Report of the Hyderabad Chloroform Commission
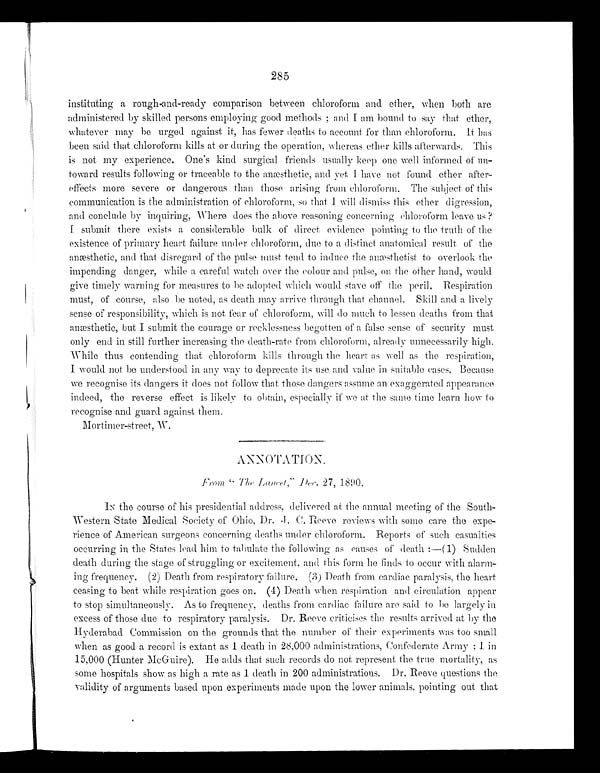
285
instituting a rough-and-ready comparison between chloroform and ether, when both are
administered by skilled persons employing good methods; and I am bound to say that ether,
whatever may be urged against it, has fewer deaths to account for than chloroform. It has
been said that chloroform kills at or during the operation, whereas ether kills afterwards. This
is not my experience. One's kind surgical friends usually keep one well informed of un-
toward results following or traceable to the anæsthetic, and yet I have not found ether after-
effects more severe or dangerous than those arising from chloroform. The subject of this
communication is the administration of chloroform, so that I will dismiss this ether digression,
and conclude by inquiring, Where does the above reasoning concerning chloroform leave us
? I s u b m i t t h e r e e x i s t s a c o n s i d e r a b l e b u l k o f d i r e c t e v i d e n c e p o i n t i n g t o t h e t r u t h o f t h e
existence of primary heart failure under chloroform, due to a distinct anatomical result of the
anæsthetic, and that disregard of the pulse must tend to induce the anæsthetist to overlook the
impending danger, while a careful watch over the colour and pulse, on the other hand, would
give timely warning for measures to be adopted which would stave off the peril. Respiration
must, of course, also be noted, as death may arrive through that channel. Skill and a lively
sense of responsibility, which is not fear of chloroform, will do much to lessen deaths from that
anæsthetic, but I submit the courage or recklessness begotten of a false sense of security must
only end in still further increasing the death-rate from chloroform, already unnecessarily high.
While thus contending that chloroform kills through the heart as well as the respiration,
I would not be understood in any way to deprecate its use and value in suitable cases. Because
we recognise its dangers it does not follow that those dangers assume an exaggerated appearance
indeed, the reverse effect is likely to obtain, especially if we at the same time learn how to
recognise and guard against them.
Mortimer-street, W.
ANNOTATION.
From "The Lancet," Dec. 27, 1890.
IN the course of his presidential address, delivered at the annual meeting of the South-
Western State Medical Society of Ohio, Dr. J. C. Reeve reviews with some care the expe-
rience of American surgeons concerning deaths under chloroform. Reports of such casualties
occurring in the States lead him to tabulate the following as causes of death:—(1) Sudden
death during the stage of struggling or excitement, and this form he finds to occur with alarm--
ing frequency. (2) Death from respiratory failure. (3) Death from cardiac paralysis, the heart
ceasing to beat while respiration goes on. (4) Death when respiration and circulation appear
to stop simultaneously. As to frequency, deaths from cardiac failure are said to he largely in
excess of those due to respiratory paralysis. Dr. Reeve criticises the results arrived at by the
Hyderabad Commission on the grounds that the number of their experiments was too small
when as good a record is extant as 1 death in 28,000 administrations, Confederate Army; 1 in
15,000 (Hunter McGuire). He adds that such records do not represent the true mortality, as
some hospitals show as high a rate as 1 death in 200 administrations. Dr. Reeve questions the
validity of arguments based upon experiments made upon the lower animals, pointing out that